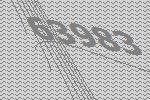
63983